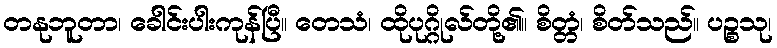
တနုဘူတာ၊ ခေါင်းပါးကုန်ပြီ။ တေသံ၊ ထိုပုဂ္ဂိုလ်တို့၏။ စိတ္တံ၊ စိတ်သည်။ ပဉ္စသု၊